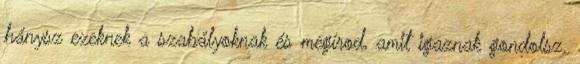
hánysz ezeknek a szabályoknak és megírod, amit igaznak gondolsz.